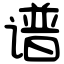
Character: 谱